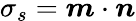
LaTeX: \sigma_{s}={\boldsymbol{m}}\cdot{\boldsymbol{n}}